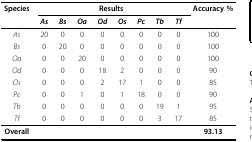
<table><thead><tr><td><b>Species</b></td><td colspan="8"><b>Results</b></td><td><b>Accuracy %</b></td></tr><tr><td></td><td><b><i>As</i></b></td><td><b><i>Bs</i></b></td><td><b><i>Oa</i></b></td><td><b><i>Od</i></b></td><td><b><i>Os</i></b></td><td><b><i>Pc</i></b></td><td><b><i>Tb</i></b></td><td><b><i>Tf</i></b></td><td></td></tr></thead><tbody><tr><td><i>As</i></td><td>20</td><td>0</td><td>0</td><td>0</td><td>0</td><td>0</td><td>0</td><td>0</td><td>100</td></tr><tr><td><i>Bs</i></td><td>0</td><td>20</td><td>0</td><td>0</td><td>0</td><td>0</td><td>0</td><td>0</td><td>100</td></tr><tr><td><i>Oa</i></td><td>0</td><td>0</td><td>20</td><td>0</td><td>0</td><td>0</td><td>0</td><td>0</td><td>100</td></tr><tr><td><i>Od</i></td><td>0</td><td>0</td><td>0</td><td>18</td><td>2</td><td>0</td><td>0</td><td>0</td><td>90</td></tr><tr><td><i>Os</i></td><td>0</td><td>0</td><td>0</td><td>2</td><td>17</td><td>1</td><td>0</td><td>0</td><td>85</td></tr><tr><td><i>Pc</i></td><td>0</td><td>0</td><td>1</td><td>0</td><td>1</td><td>18</td><td>0</td><td>0</td><td>90</td></tr><tr><td><i>Tb</i></td><td>0</td><td>0</td><td>0</td><td>0</td><td>0</td><td>0</td><td>19</td><td>1</td><td>95</td></tr><tr><td><i>Tf</i></td><td>0</td><td>0</td><td>0</td><td>0</td><td>0</td><td>0</td><td>3</td><td>17</td><td>85</td></tr><tr><td><b>Overall</b></td><td></td><td></td><td></td><td></td><td></td><td></td><td></td><td></td><td><b>93.13</b></td></tr></tbody></table>